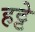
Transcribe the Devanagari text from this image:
हट्टे